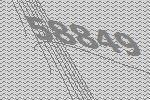
58849